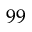
9 9